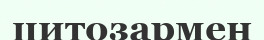
цитозармен